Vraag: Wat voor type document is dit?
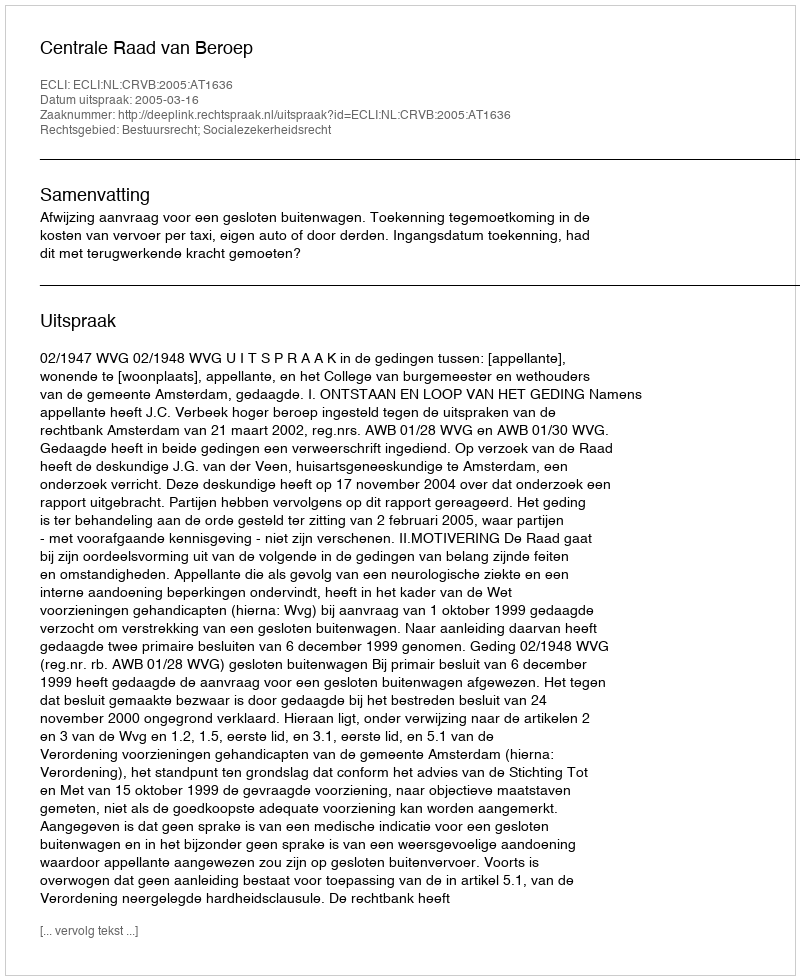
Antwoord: Uitspraak